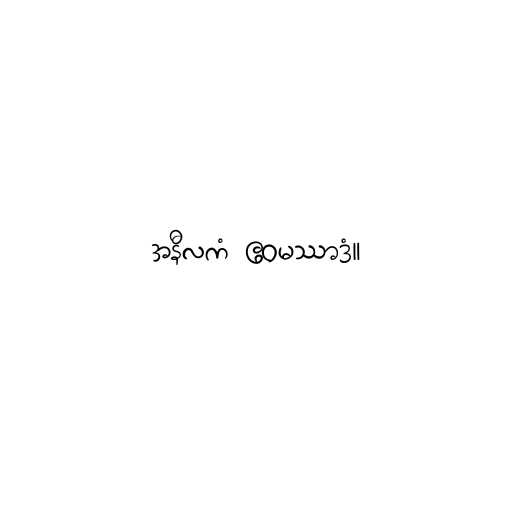
အနီလကံ ဧဝမဿာဒံ။